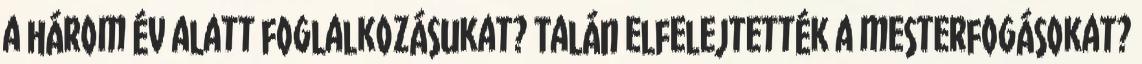
a három év alatt foglalkozásukat? Talán elfelejtették a mesterfogásokat?